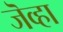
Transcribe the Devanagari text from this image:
जॆव्हा